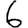
Digit: 6